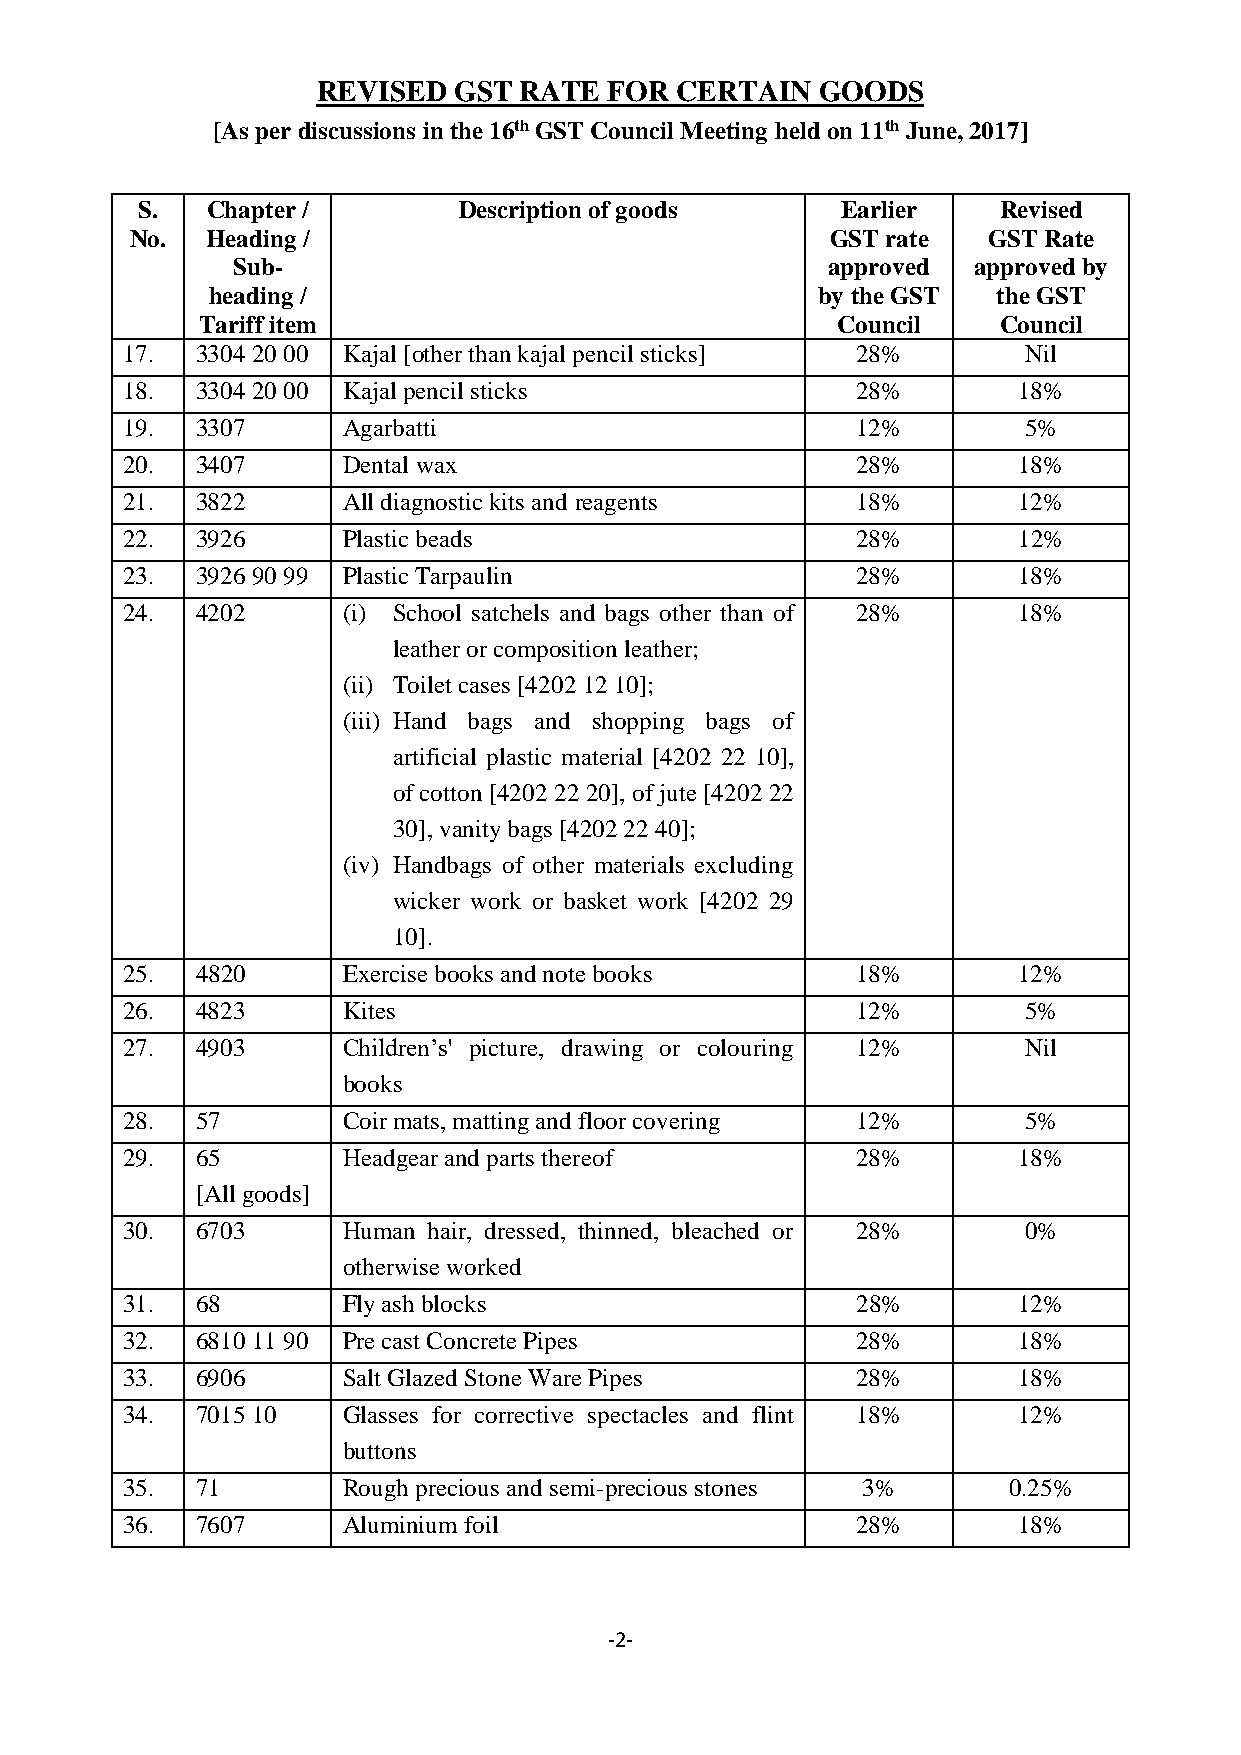
REVISED  GST RATE  FOR  CERTAIN  GOODS
 [As per discussions in the 16th GST Council Meeting held on 11th June, 2017]
 S.   Chapter /       Description of goods      Earlier   Revised
 No.  Heading /                                GST rate  GST Rate
 Sub-                                    approved approved by
 heading /                               by the GST  the GST
 Tariff item                               Council    Council
 17.  3304 20 00 Kajal [other than kajal pencil sticks] 28%  Nil
 18.  3304 20 00 Kajal pencil sticks              28%       18%
 19.  3307      Agarbatti                         12%        5%
 20.  3407      Dental wax                        28%       18%
 21.  3822      All diagnostic kits and reagents  18%       12%
 22.  3926      Plastic beads                     28%       12%
 23.  3926 90 99 Plastic Tarpaulin                28%       18%
 24.  4202      (i) School satchels and bags other than of 28% 18%
 leather or composition leather;
 (ii) Toilet cases [4202 12 10];
 (iii) Hand bags and shopping bags of
 artificial plastic material [4202 22 10],
 of cotton [4202 22 20], of jute [4202 22
 30], vanity bags [4202 22 40];
 (iv) Handbags of other materials excluding
 wicker work or basket work [4202 29
 10].
 25.  4820      Exercise books and note books     18%       12%
 26.  4823      Kites                             12%        5%
 27.  4903      Children’s' picture, drawing or colouring 12% Nil
 books
 28.  57        Coir mats, matting and floor covering 12%    5%
 29.  65        Headgear and parts thereof        28%       18%
 [All goods]
 30.  6703      Human hair, dressed, thinned, bleached or 28% 0%
 otherwise worked
 31.  68        Fly ash blocks                    28%       12%
 32.  6810 11 90 Pre cast Concrete Pipes          28%       18%
 33.  6906      Salt Glazed Stone Ware Pipes      28%       18%
 34.  7015 10   Glasses for corrective spectacles and flint 18% 12%
 buttons
 35.  71        Rough precious and semi-precious stones 3%  0.25%
 36.  7607      Aluminium foil                    28%       18%
 -2-